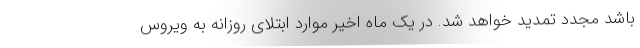
باشد مجدد تمدید خواهد شد. در یک ماه اخیر موارد ابتلای روزانه به ویروس